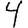
Digit: 4